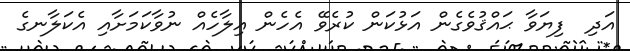
އަދި  ފިޔަވާ ޙައްޤުވެގެން އަޅުކަން ކުރެވޭ އެހެން އިލާހެއް ނުވާކަމަށާއި އެކަލާނގެ